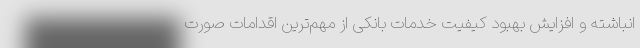
انباشته و افزایش بهبود کیفیت خدمات بانکی از مهم‌ترین اقدامات صورت